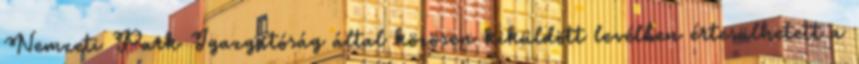
Nemzeti Park Igazgatóság által közösen kiküldött levélben értesülhetett a